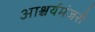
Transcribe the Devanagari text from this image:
आश्चर्यमंजरी